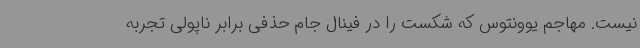
نیست. مهاجم یوونتوس که شکست را در فینال جام حذفی برابر ناپولی تجربه